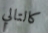
كالتالي